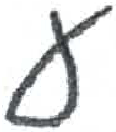
אות: ע